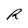
Character: R